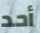
أحد